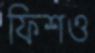
ফিশও